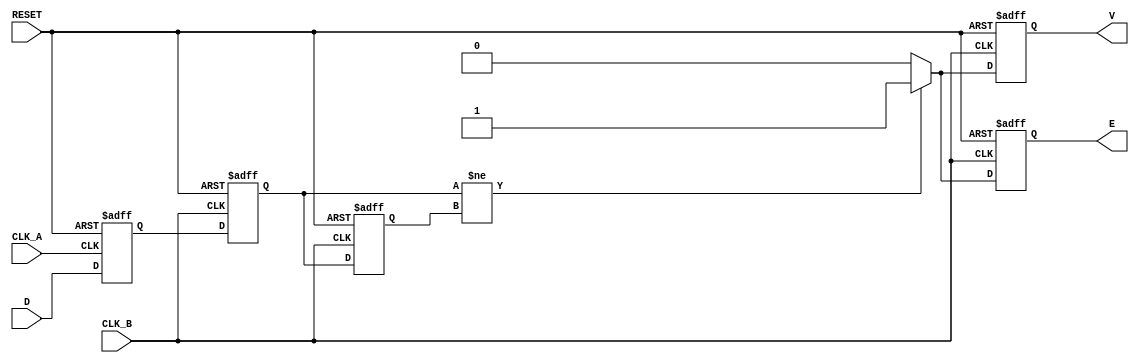
module cdc_detector (
    input wire D,          // Asynchronous data signal
    input wire CLK_A,     // Clock domain A
    input wire CLK_B,     // Clock domain B
    input wire RESET,     // Reset signal
    output reg V,         // Valid signal
    output reg E          // Error signal
);

    // Internal signals
    reg D_A;              // Sampled data in clock domain A
    reg D_B;              // Sampled data in clock domain B
    reg D_B_prev;         // Previous sampled data in clock domain B

    // Sampling the data signal in clock domain A
    always @(posedge CLK_A or posedge RESET) begin
        if (RESET) begin
            D_A <= 1'b0;
        end else begin
            D_A <= D; // Capture the data signal
        end
    end

    // Sampling the output of the first flip-flop in clock domain B
    always @(posedge CLK_B or posedge RESET) begin
        if (RESET) begin
            D_B <= 1'b0;
            D_B_prev <= 1'b0;
            V <= 1'b0;
            E <= 1'b0;
        end else begin
            D_B_prev <= D_B; // Store previous value
            D_B <= D_A;      // Capture the sampled data from domain A

            // Check for valid signal
            if (D_B != D_B_prev) begin
                V <= 1'b1; // Data is valid if it changes
            end else begin
                V <= 1'b0; // Data is not valid if it remains the same
            end

            // Error detection logic
            if (D_B != D_B_prev) begin
                E <= 1'b1; // Error detected if the value changes unexpectedly
            end else begin
                E <= 1'b0; // No error
            end
        end
    end

endmodule